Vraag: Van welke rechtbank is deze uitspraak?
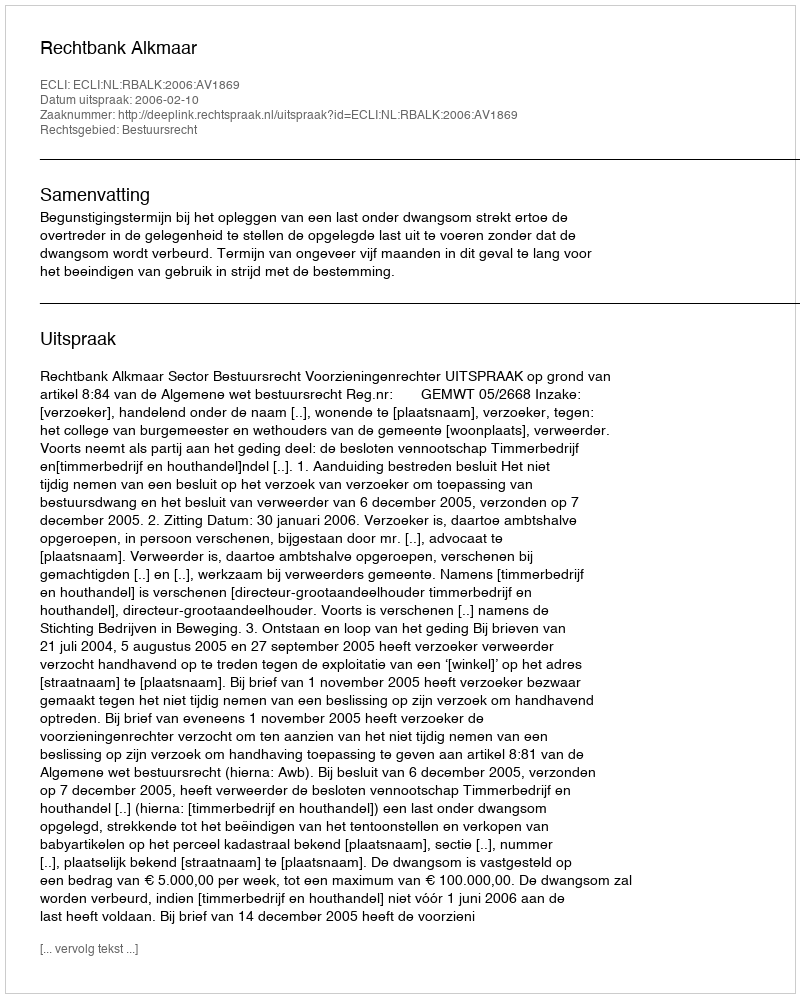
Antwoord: Rechtbank Alkmaar